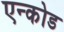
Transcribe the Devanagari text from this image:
एन्कोड